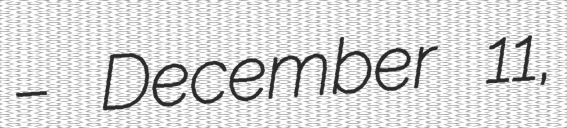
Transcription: – December 11,